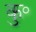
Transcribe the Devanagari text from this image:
कु॰